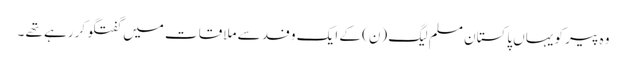
وہ پیر کو یہاں پاکستان مسلم لیگ (ن) کے ایک وفد سے ملاقات میں گفتگو کررہے تھے ۔